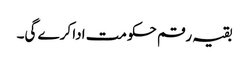
بقیہ رقم حکومت ادا کرے گی۔